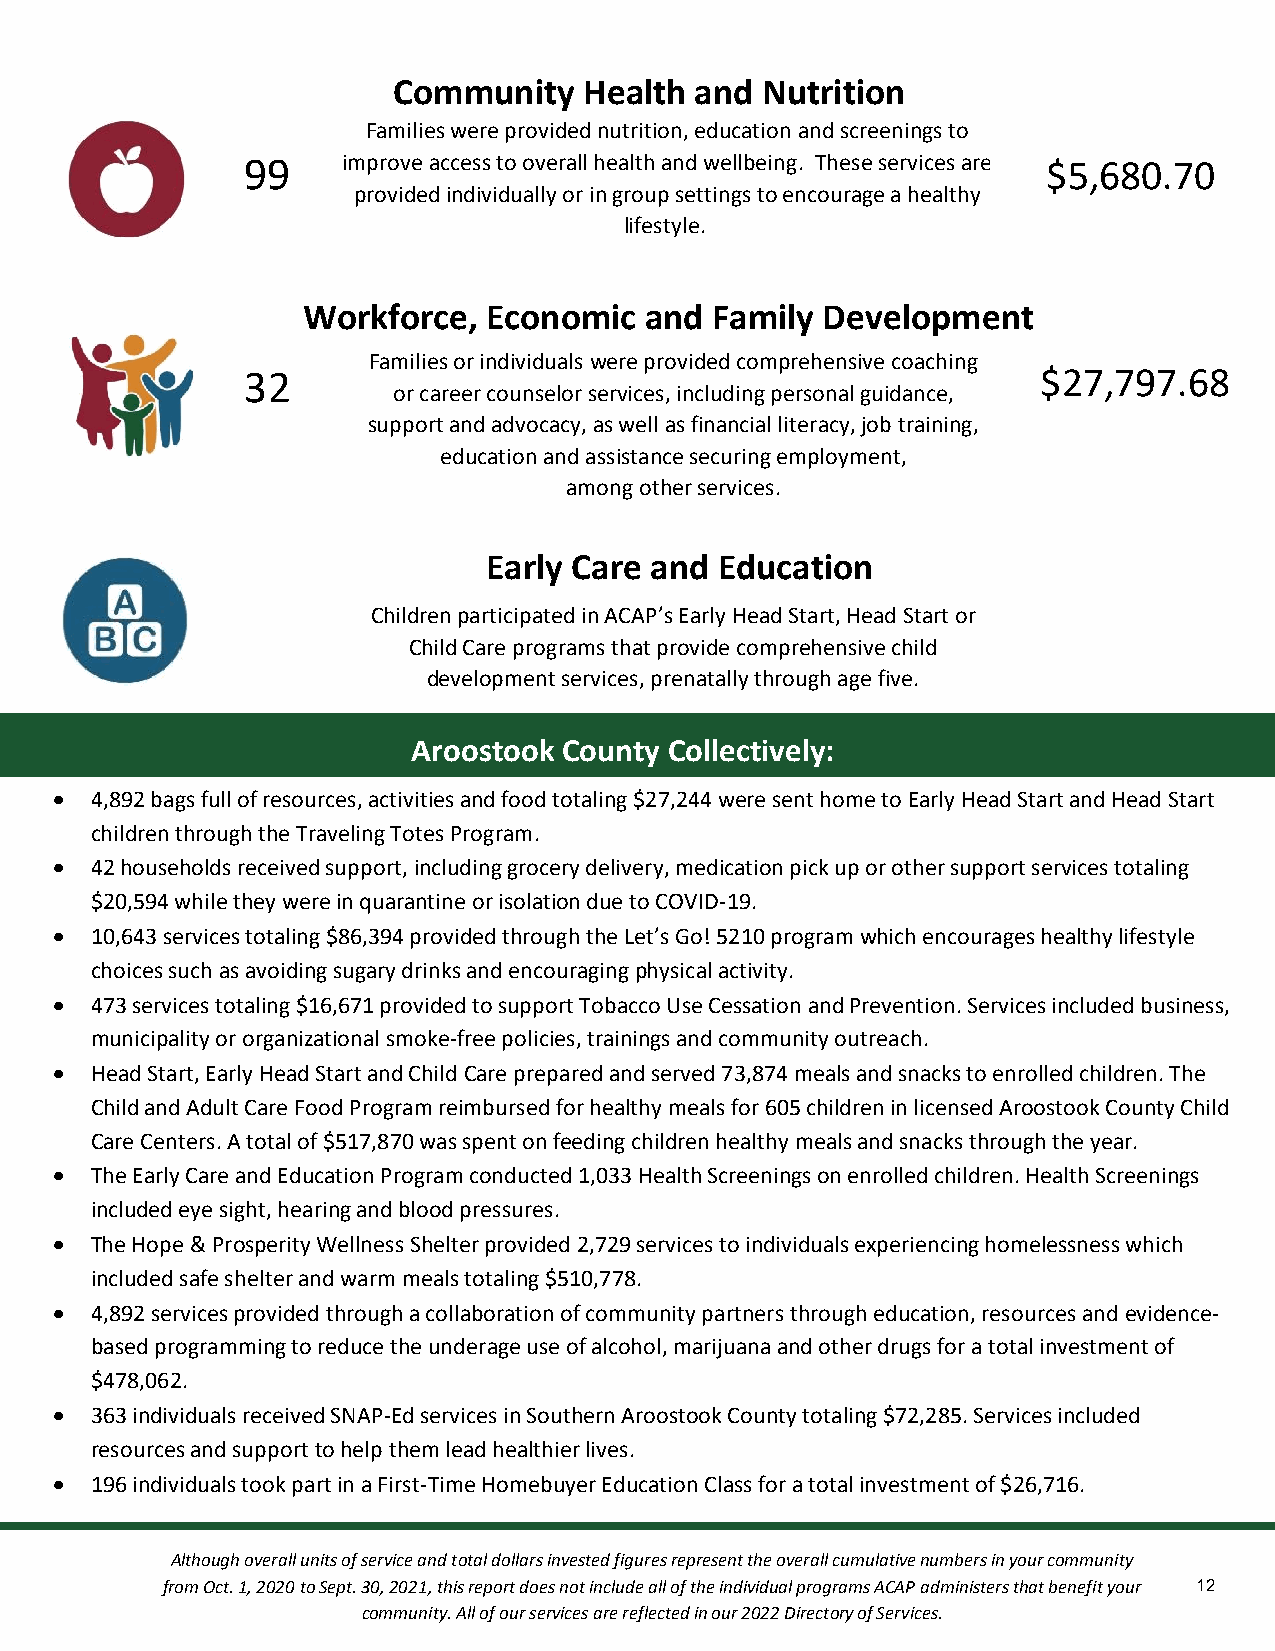
Community    Health and Nutrition
 Families were provided nutrition, education and screenings to
 99     imp rove access to overall healt&h a nd wellbeing. These services are $5,680.70
 provided individually or in group settings to encourage a healthy
 lifestyle.
 cation
 Workforce,  Economic   and Family Development
 Families or individuals were provided comprehensive coaching
 32                                                   $27,797.68
 or career counselor services, including personal guidacnacet,i on
 support and advocacy, as well as financial literacy, job training,
 education and assistance securing employment,
 among other services.
 Early Care and  Education
 Children participated in ACAP’s Early Head Start, Head Start or
 Child Care programs that provide comprehensive child
 development services, prenatally through age five.
 Aroostook County Collectively:
  4,892 bags full of resources, activities and food totaling $27,244 were sent home to Early Head Start and Head Start
 children through the Traveling Totes Program.
  42 households received support, including grocery delivery, medication pick up or other support services totaling
 $20,594 while they were in quarantine or isolation due to COVID-19.
  10,643 services totaling $86,394 provided through the Let’s Go! 5210 program which encourages healthy lifestyle
 choices such as avoiding sugary drinks and encouraging physical activity.
  473 services totaling $16,671 provided to support Tobacco Use Cessation and Prevention. Services included business,
 municipality or organizational smoke-free policies, trainings and community outreach.
  Head Start, Early Head Start and Child Care prepared and served 73,874 meals and snacks to enrolled children. The
 Child and Adult Care Food Program reimbursed for healthy meals for 605 children in licensed Aroostook County Child
 Care Centers. A total of $517,870 was spent on feeding children healthy meals and snacks through the year.
  The Early Care and Education Program conducted 1,033 Health Screenings on enrolled children. Health Screenings
 included eye sight, hearing and blood pressures.
  The Hope & Prosperity Wellness Shelter provided 2,729 services to individuals experiencing homelessness which
 included safe shelter and warm meals totaling $510,778.
  4,892 services provided through a collaboration of community partners through education, resources and evidence-
 based programming to reduce the underage use of alcohol, marijuana and other drugs for a total investment of
 $478,062.
  363 individuals received SNAP-Ed services in Southern Aroostook County totaling $72,285. Services included
 resources and support to help them lead healthier lives.
  196 individuals took part in a First-Time Homebuyer Education Class for a total investment of $26,716.
 Although overall units of service and total dollars invested figures represent the overall cumulative numbers in your community
 from Oct. 1, 2020 to Sept. 30, 2021, this report does not include all of the individual programs ACAP administers that benefit your 12
 community. All of our services are reflected in our 2022 Directory of Services.